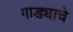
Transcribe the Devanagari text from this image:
गाड्याचे